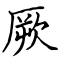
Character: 厥